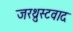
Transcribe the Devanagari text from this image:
जरथ्रुस्टवाद